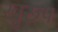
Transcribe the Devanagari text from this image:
खुरूप